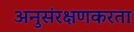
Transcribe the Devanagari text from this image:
अनुसंरक्षणकरता